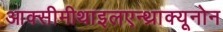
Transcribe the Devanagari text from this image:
आक्सीमीथाइलएन्थ्राक्यूनोन